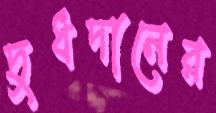
দুধদানের